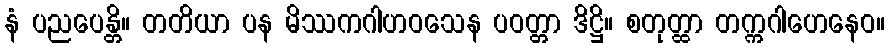
နံ ပညပေန္တိ။ တတိယာ ပန မိဿကဂါဟဝသေန ပဝတ္တာ ဒိဋ္ဌိ။ စတုတ္ထာ တက္ကဂါဟေနေဝ။